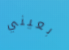
بعيني